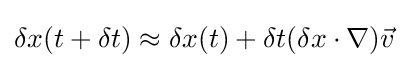
\delta x(t+\delta t)\approx \delta x(t)+\delta t(\delta x\cdot \nabla ){\vec {v}}